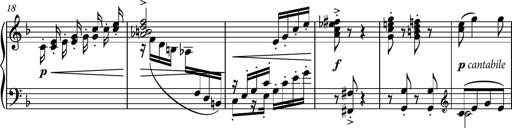
Title: Piano Sonatina II
Composer: Dimitri Sykias
Key: F major